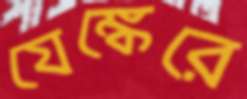
যেঙ্কেরে